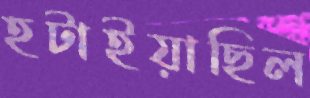
হটাইয়াছিল